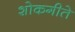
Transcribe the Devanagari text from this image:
शोकगीते